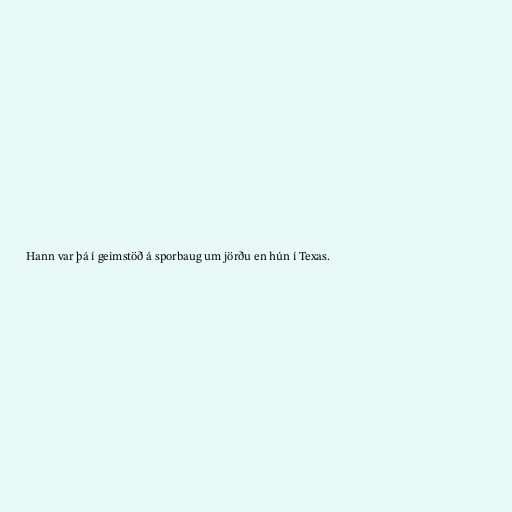
Hann var þá í geimstöð á sporbaug um jörðu en hún í Texas.